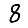
Digit: 8